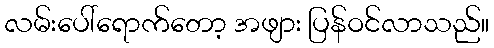
လမ်းပေါ်ရောက်တော့ အဖျား ပြန်ဝင်လာသည်။